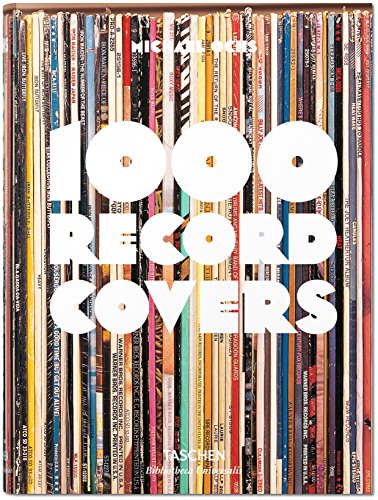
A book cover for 1000 Record Covers; Michael Ochs; Crafts, Hobbies & Home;